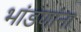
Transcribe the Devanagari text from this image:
भांडणांना